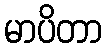
မာပိတာ